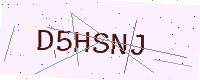
Text: D5HSNJ